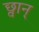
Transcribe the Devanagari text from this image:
छ्वान्